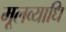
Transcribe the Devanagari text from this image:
मूलव्याधि